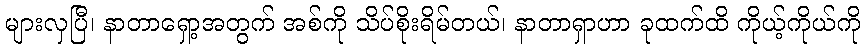
များလှပြီ၊ နာတာရှော့အတွက် အစ်ကို သိပ်စိုးရိမ်တယ်၊ နာတာရှာဟာ ခုထက်ထိ ကိုယ့်ကိုယ်ကို